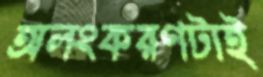
অলংকরণটাই